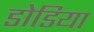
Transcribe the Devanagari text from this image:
डोडिया